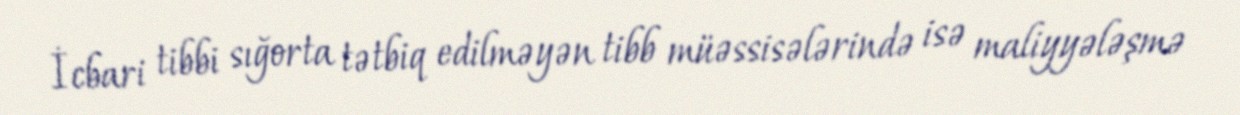
İcbari tibbi sığorta tətbiq edilməyən tibb müəssisələrində isə maliyyələşmə